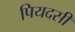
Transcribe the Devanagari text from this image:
पियदसी